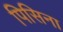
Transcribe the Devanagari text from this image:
पिसिना